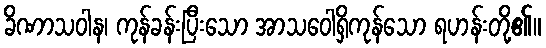
ခိဏာသဝါန၊ ကုန်ခန်းပြီးသော အာသဝေါရှိကုန်သော ရဟန်းတို့၏။